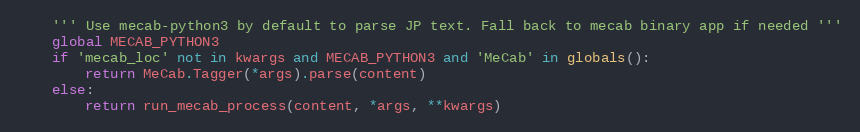
Language: Python
    ''' Use mecab-python3 by default to parse JP text. Fall back to mecab binary app if needed '''
    global MECAB_PYTHON3
    if 'mecab_loc' not in kwargs and MECAB_PYTHON3 and 'MeCab' in globals():
        return MeCab.Tagger(*args).parse(content)
    else:
        return run_mecab_process(content, *args, **kwargs)